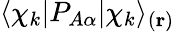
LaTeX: \langle\chi_{k}|P_{A\alpha}|\chi_{k}\rangle_{(\mathbf{r})}